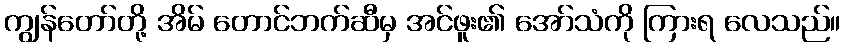
ကျွန်တော်တို့ အိမ် တောင်ဘက်ဆီမှ အင်ဖူး၏ အော်သံကို ကြားရ လေသည်။